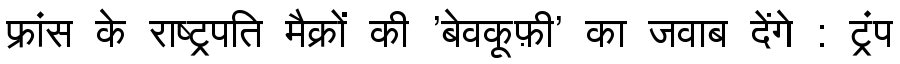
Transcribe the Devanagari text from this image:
फ्रांस के राष्ट्रपति मैक्रों की 'बेवकूफ़ी' का जवाब देंगे : ट्रंप